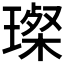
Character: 𤨪